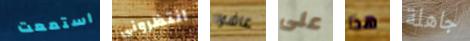
استمعت انتظروني عاشوا على هذا جاهلة